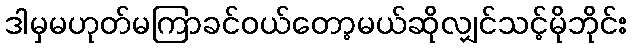
ဒါမှမဟုတ်မကြာခင်ဝယ်တော့မယ်ဆိုလျှင်သင့်မိုဘိုင်း